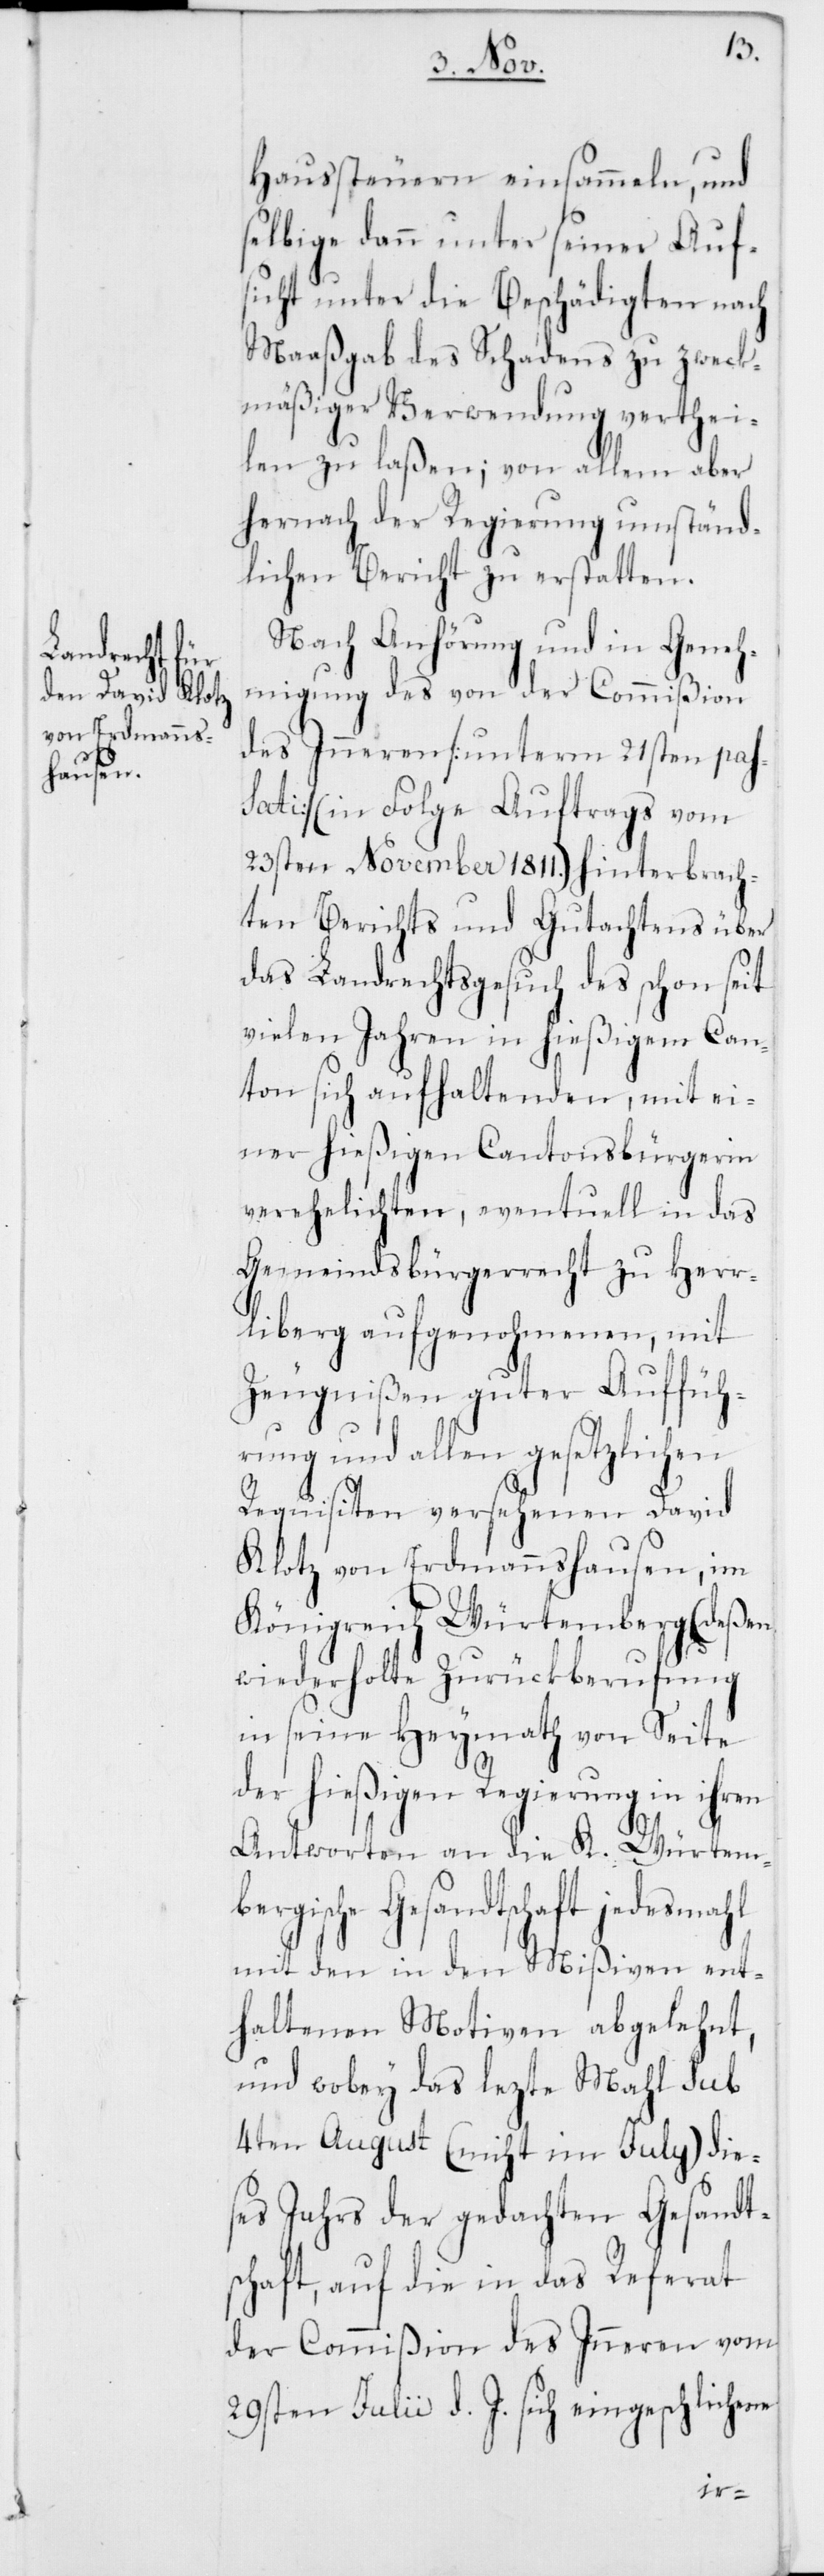
Haussteuern einsammeln, und
selbige dann unter seiner Auf¬
sicht unter die Beschädigten nach
Maaßgab des Schadens zu zweck¬
mäßiger Verwendung verthei¬
len zu laßen; von allem aber
hernach der Regierung umständ¬
lichen Bericht zu erstatten.
Nach Anhörung und in Geneh¬
migung des von der Commißion
des Inneren [unterm 21sten pas¬
sati – in Folge Auftrags vom
23sten November 1811.] hinterbrach¬
ten Berichts und Gutachtens über
das Landrechtsgesuch des schon seit
vielen Jahren in hießigem Can¬
ton sich aufhaltenden, mit ei¬
ner hießigen Cantonsbürgerin
verehelichten, eventuell in das
Gemeindsbürgerrecht zu Herr¬
liberg aufgenohmenen, mit
Zeugnißen guter Aufführ¬
ung und allen gesetzlichen
Requisiten versehenen David
Klotz von Erdmannshausen, im
Königreich Würtemberg (deßen
wiederholte Zurückberufung
in seine Heymath von Seite
der hießigen Regierung in ihren
Antworten an die K. Würtem¬
bergische Gesandtschaft jedesmahl
mit den in den Mißiven ent¬
haltenen Motiven abgelehnt,
und wobey das lezte Mahl sub
4ten August (nicht im July) die¬
ses Jahrs der gedachten Gesandt¬
schaft, auf die in das Referat
der Commißion des Inneren vom
29sten Julii d. J. sich eingeschlichene